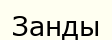
Занды